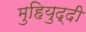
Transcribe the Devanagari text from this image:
मुहियुद्दी